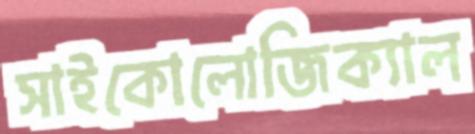
সাইকোলোজিক্যাল